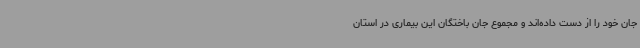
جان خود را از دست داده‌اند و مجموع جان باختگان این بیماری در استان